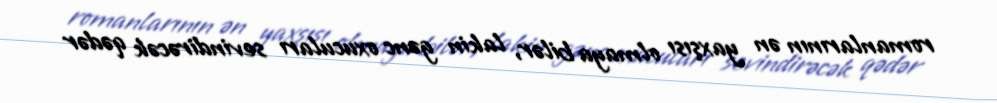
romanlarının ən yaxşısı olmaya bilər, lakin gənc oxucuları sevindirəcək qədər